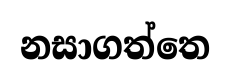
නසාගත්තෙ